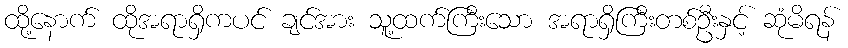
ထို့နောက် ထိုအရာရှိကပင် ချင်အား သူ့ထက်ကြီးသော အရာရှိကြီးတစ်ဦးနှင့် ဆုံမိရန်